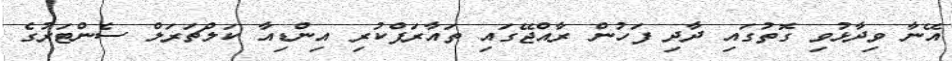
އޭނާ ވިދާޅުވި ގޮތުގައި ދާދި ފަހުން ރާއްޖޭގައި ތައާރަފްކުރި އިންޑިއާ ކަލްޗަރަލް ސެންޓަރުގެ